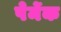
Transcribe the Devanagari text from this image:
पेर्मेक